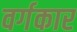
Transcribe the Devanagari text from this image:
वर्गकार